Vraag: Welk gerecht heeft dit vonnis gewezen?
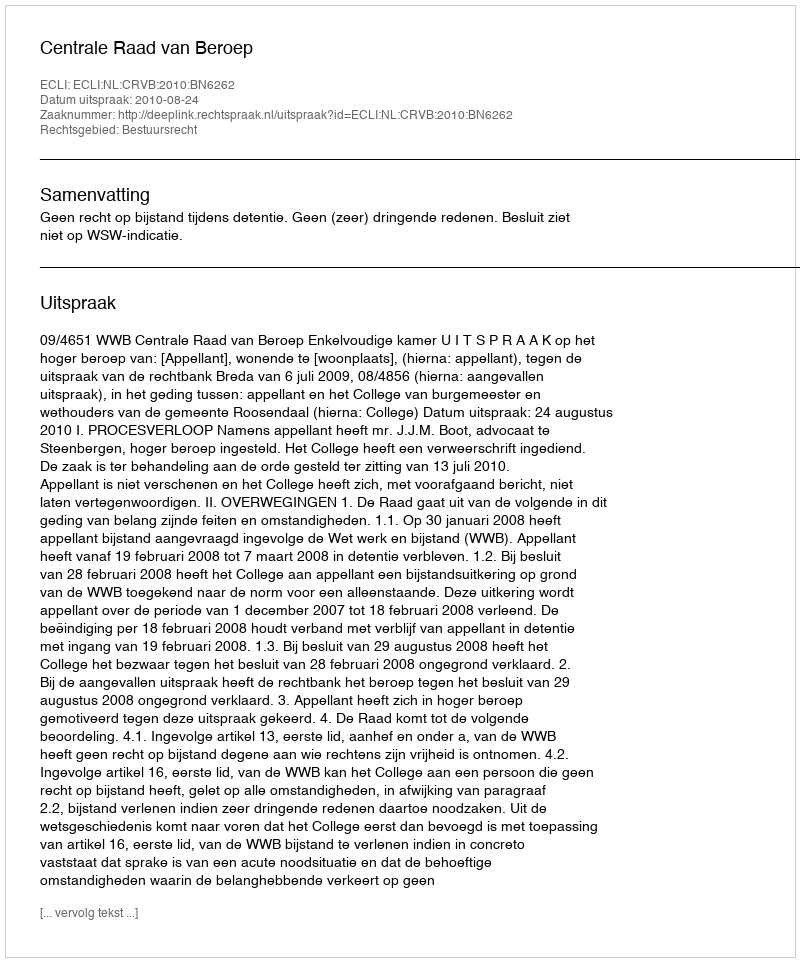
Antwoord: Centrale Raad van Beroep